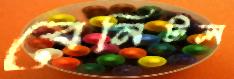
বেনিটল